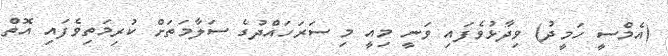
(އެމްސީ ހަމީދު) ވިދާޅުވެފައި ވަނީ މިއީ މި ސަރަހައްދުގެ ސަލާމަތަށް ކުރިމަތިވެފައި އޮތް